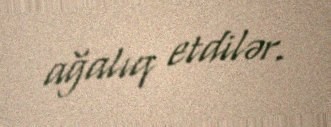
ağalıq etdilər.